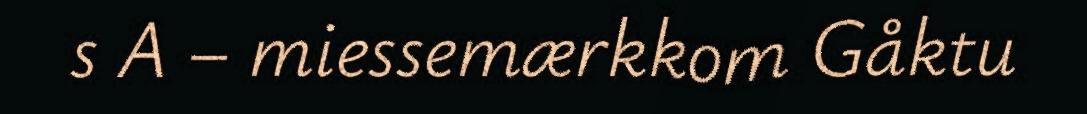
s A – miessemærkkom Gåktu